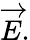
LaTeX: {\overrightarrow{E}}.